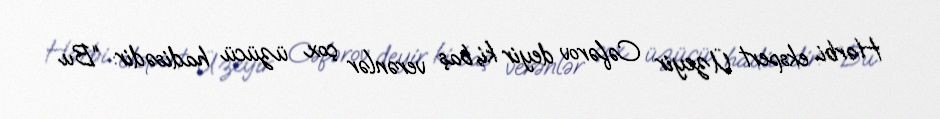
Hərbi ekspert Üzeyir Cəfərov deyir ki, baş verənlər çox üzücü hadisədir: “Bu